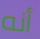
أنه